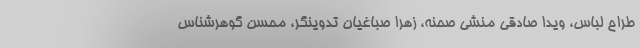
طراح لباس، ویدا صادقی منشی صحنه، زهرا صباغیان تدوینگر، محسن گوهرشناس